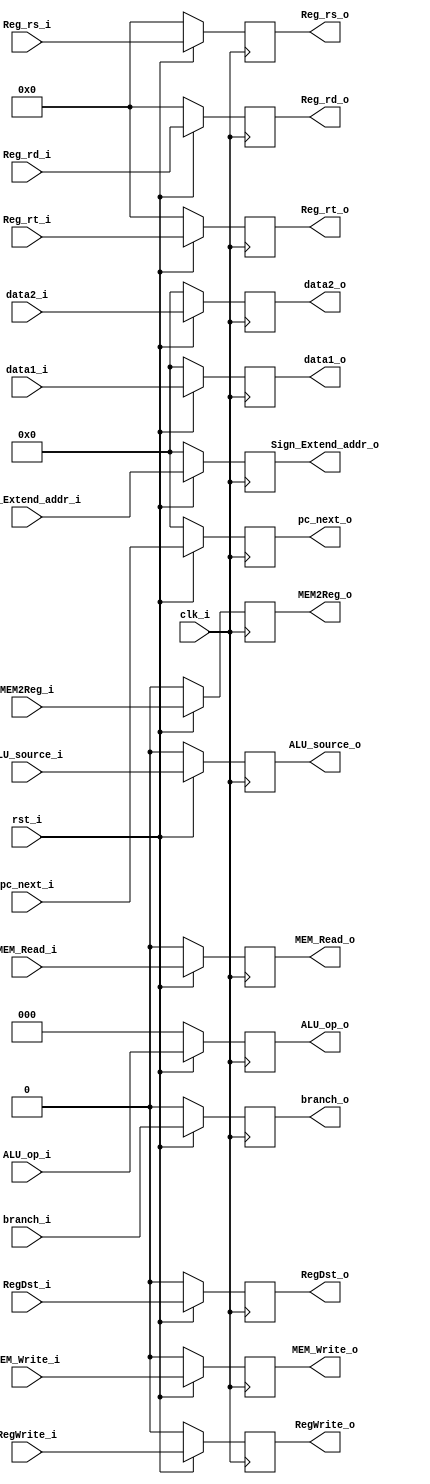
//Student ID: 0310020
`timescale 1ns / 1ps
//Subject:     CO project 5 - ID/EX Pipe Register
//--------------------------------------------------------------------------------
//Version:     1
//--------------------------------------------------------------------------------
//Writer:      
//----------------------------------------------
//Date:        
//----------------------------------------------
//Description: 
//--------------------------------------------------------------------------------
module IDEX_Pipe_Reg(
    clk_i,
    rst_i,
    ALU_source_i,
	ALU_op_i,
	RegDst_i,
	branch_i,
	MEM_Read_i,
	MEM_Write_i,
	RegWrite_i,
	MEM2Reg_i,
	pc_next_i,
	data1_i,
	data2_i,
	Sign_Extend_addr_i,
	Reg_rs_i,
	Reg_rt_i,
	Reg_rd_i,
    ALU_source_o,
	ALU_op_o,
	RegDst_o,
	branch_o,
	MEM_Read_o,
	MEM_Write_o,
	RegWrite_o,
	MEM2Reg_o,
	pc_next_o,
	data1_o,
	data2_o,
	Sign_Extend_addr_o,
	Reg_rs_o,
	Reg_rt_o,
	Reg_rd_o
  );
					
//parameter size = 0;

input   		clk_i;		  
input   		rst_i;
// EX
input			ALU_source_i;
input	[3-1:0] ALU_op_i;
input			RegDst_i;
// MEM
input			branch_i;
input			MEM_Read_i;
input			MEM_Write_i;
// WB
input			RegWrite_i;
input			MEM2Reg_i;
// data port
input	[31:0]	pc_next_i;
input	[31:0]	data1_i;
input	[31:0]	data2_i;
input	[31:0]	Sign_Extend_addr_i;
input	[5-1:0]	Reg_rs_i;
input	[5-1:0]	Reg_rt_i;
input	[5-1:0]	Reg_rd_i;
//OUTPUT
output reg			ALU_source_o;
output reg	[3-1:0] ALU_op_o;
output reg			RegDst_o;
// MEM
output reg			branch_o;
output reg			MEM_Read_o;
output reg			MEM_Write_o;
// WB
output reg			RegWrite_o;
output reg			MEM2Reg_o;
// data port
output reg	[31:0]	pc_next_o;
output reg	[31:0]	data1_o;
output reg	[31:0]	data2_o;
output reg	[31:0]	Sign_Extend_addr_o;
output reg	[5-1:0]	Reg_rs_o;
output reg	[5-1:0]	Reg_rt_o;
output reg	[5-1:0]	Reg_rd_o;

	  
always@(posedge clk_i) begin
    if(~rst_i)begin	
	  	ALU_source_o <= 0;
		ALU_op_o 	 <= 0;
		RegDst_o 	 <= 0;
		// MEM
		branch_o 	 <= 0;
		MEM_Read_o 	 <= 0;
		MEM_Write_o  <= 0;
		// WB
		RegWrite_o 	 <= 0;
		MEM2Reg_o	 <= 0;
		//data
		pc_next_o 	 <= 0;
		data1_o 	 <= 0;
		data2_o 	 <= 0;
		Sign_Extend_addr_o <= 0;
		Reg_rs_o 	 <= 0;
		Reg_rt_o 	 <= 0;
		Reg_rd_o 	 <= 0;
	end 
	else begin
		// EX
	  	ALU_source_o <= ALU_source_i;
		ALU_op_o 	<= ALU_op_i;
		RegDst_o 	<= RegDst_i;
		// MEM
		branch_o 	<= branch_i;
		MEM_Read_o 	<= MEM_Read_i;
		MEM_Write_o <= MEM_Write_i;
		// WB
		RegWrite_o 	<= RegWrite_i;
		MEM2Reg_o	<= MEM2Reg_i;
		//data
		pc_next_o 	<= pc_next_i;
		data1_o 	<= data1_i;
		data2_o 	<= data2_i;
		Sign_Extend_addr_o <= Sign_Extend_addr_i;
		Reg_rs_o 	<= Reg_rs_i;
		Reg_rt_o 	<= Reg_rt_i;
		Reg_rd_o 	<= Reg_rd_i;
	end

end

endmodule